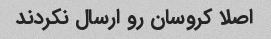
اصلا کروسان رو ارسال نکردند